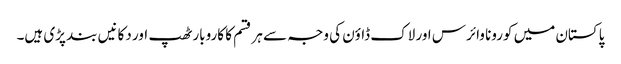
پاکستان میں کورونا وائرس اور لاک ڈاؤن کی وجہ سے ہر قسم کا کاروبار ٹھپ اور دکانیں بند پڑی ہیں۔